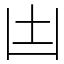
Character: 凷